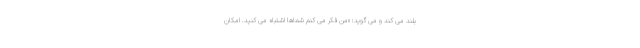
بلند می کند و می گوید: «من فکر می کنم شماها اشتباه می کنید. امکان